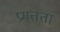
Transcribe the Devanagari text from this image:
प्रमत्तता